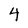
Character: 4